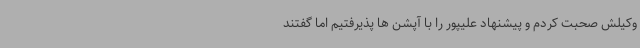
وکیلش صحبت کردم و پیشنهاد علیپور را با آپشن ها پذیرفتیم اما گفتند